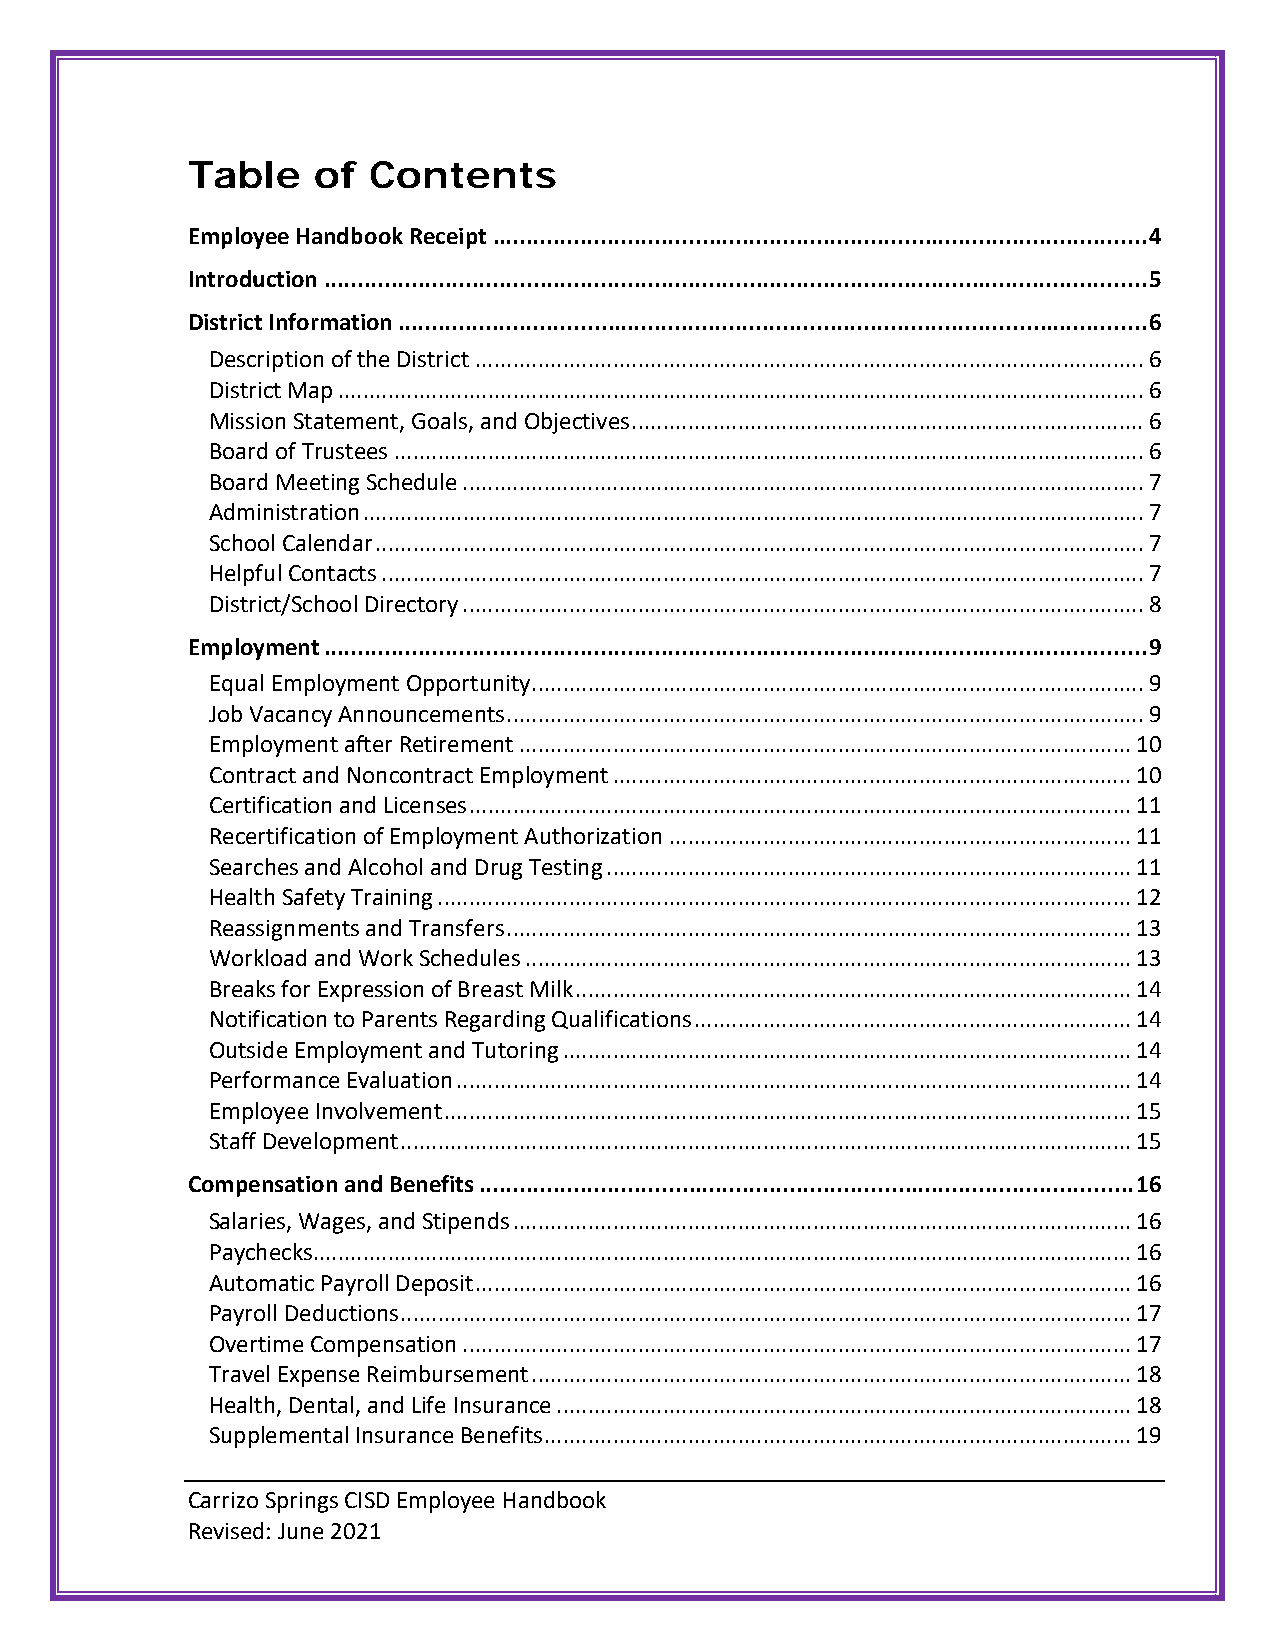
Table    of Contents
 Employee Handbook Receipt ................................................................................................. 4
 Introduction .......................................................................................................................... 5
 District Information ............................................................................................................... 6
 Description of the District ........................................................................................................... 6
 District Map ................................................................................................................................. 6
 Mission Statement, Goals, and Objectives .................................................................................. 6
 Board of Trustees ........................................................................................................................ 6
 Board Meeting Schedule ............................................................................................................. 7
 Administration ............................................................................................................................. 7
 School Calendar ........................................................................................................................... 7
 Helpful Contacts .......................................................................................................................... 7
 District/School Directory ............................................................................................................. 8
 Employment .......................................................................................................................... 9
 Equal Employment Opportunity .................................................................................................. 9
 Job Vacancy Announcements ...................................................................................................... 9
 Employment after Retirement .................................................................................................. 10
 Contract and Noncontract Employment ................................................................................... 10
 Certification and Licenses .......................................................................................................... 11
 Recertification of Employment Authorization .......................................................................... 11
 Searches and Alcohol and Drug Testing .................................................................................... 11
 Health Safety Training ............................................................................................................... 12
 Reassignments and Transfers .................................................................................................... 13
 Workload and Work Schedules ................................................................................................. 13
 Breaks for Expression of Breast Milk ......................................................................................... 14
 Notification to Parents Regarding Qualifications ...................................................................... 14
 Outside Employment and Tutoring ........................................................................................... 14
 Performance Evaluation ............................................................................................................ 14
 Employee Involvement .............................................................................................................. 15
 Staff Development ..................................................................................................................... 15
 Compensation and Benefits ................................................................................................. 16
 Salaries, Wages, and Stipends ................................................................................................... 16
 Paychecks................................................................................................................................... 16
 Automatic Payroll Deposit ......................................................................................................... 16
 Payroll Deductions ..................................................................................................................... 17
 Overtime Compensation ........................................................................................................... 17
 Travel Expense Reimbursement ................................................................................................ 18
 Health, Dental, and Life Insurance ............................................................................................ 18
 Supplemental Insurance Benefits .............................................................................................. 19
 Carrizo Springs CISD Employee Handbook
 Revised: June 2021